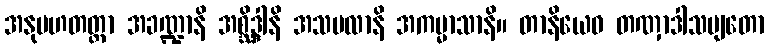
အနုပဟတတ္တာ အခဏ္ဍာနိ အစ္ဆိဒ္ဒါနိ အသဗလာနိ အကမ္မာသာနိ။ တာနိယေဝ တဏှာဒါသဗျတော